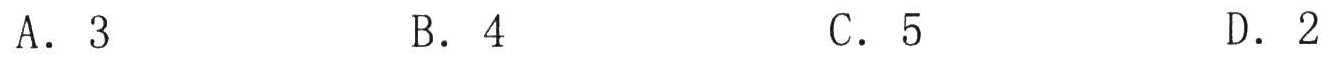
A. \(3\)  \(\qquad\) B. \(4\)  \(\qquad\) C. \(5\)  \(\qquad\) D. \(2\)